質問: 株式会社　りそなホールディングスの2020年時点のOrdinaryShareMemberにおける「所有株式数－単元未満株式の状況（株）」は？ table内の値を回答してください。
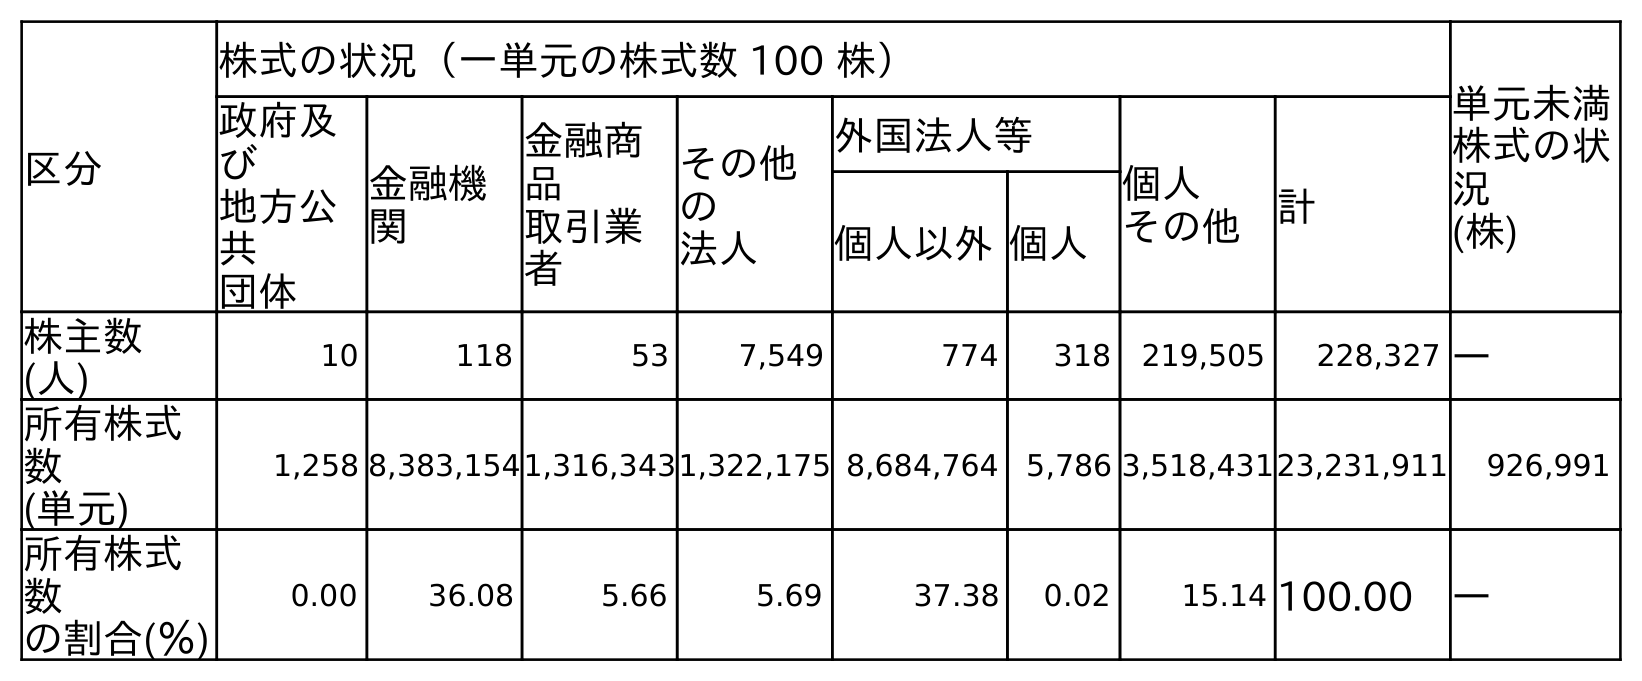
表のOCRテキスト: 区分 株式の状況（一単元の株式数 100 株） 単元未満 株式の状 況 (株) 政府及 び 地方公 共 団体 金融機 関 金融商 品 取引業 者 その他 の 法人 外国法人等 個人 その他 計 個人以外個人 株主数 (人) 10 118 53 7,549 774 318 219,505 228,327 ― 所有株式 数 (単元) 1,258 8,383,1541,316,3431,322,175 8,684,764 5,786 3,518,43123,231,911 926,991 所有株式 数 の割合(％) 0.00 36.08 5.66 5.69 37.38 0.02 15.14 100.00 ―
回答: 926,991